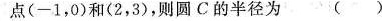
点(-1，0)和(2，3)，则圆C的半径为( )